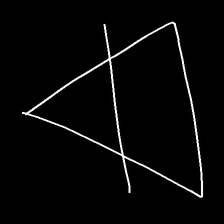
Glyph: empower